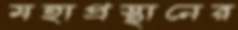
মহাপ্রস্থানের